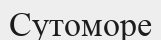
Сутоморе